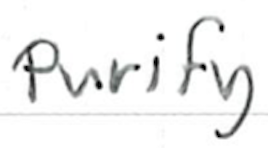
Text: purify
Cross-out: clean
Writing tool: ballpoint